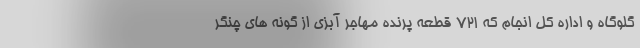
گلوگاه و اداره کل انجام که ۷۲۱ قطعه پرنده مهاجر آبزی از گونه های چنگر